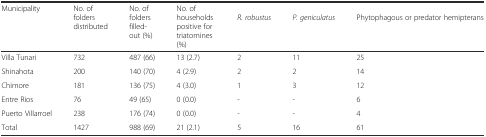
<table><thead><tr><td rowspan="2"><b>Municipality</b></td><td rowspan="2"><b>No. of folders distributed</b></td><td rowspan="2"><b>No. of folders filled-out (%)</b></td><td rowspan="2"><b>No. of households positive for triatomines (%)</b></td><td colspan="3"></td></tr><tr><td><b><i>R. robustus</i></b></td><td><b><i>P. geniculatus</i></b></td><td><b>Phytophagous or predator hemipterans</b></td></tr></thead><tbody><tr><td>Villa Tunari</td><td>732</td><td>487 (66)</td><td>13 (2.7)</td><td>2</td><td>11</td><td>25</td></tr><tr><td>Shinahota</td><td>200</td><td>140 (70)</td><td>4 (2.9)</td><td>2</td><td>2</td><td>14</td></tr><tr><td>Chimore</td><td>181</td><td>136 (75)</td><td>4 (3.0)</td><td>1</td><td>3</td><td>12</td></tr><tr><td>Entre Rios</td><td>76</td><td>49 (65)</td><td>0 (0.0)</td><td>-</td><td>-</td><td>6</td></tr><tr><td>Puerto Villarroel</td><td>238</td><td>176 (74)</td><td>0 (0.0)</td><td>-</td><td>-</td><td>4</td></tr><tr><td>Total</td><td>1427</td><td>988 (69)</td><td>21 (2.1)</td><td>5</td><td>16</td><td>61</td></tr></tbody></table>